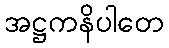
အဋ္ဌကနိပါတေ